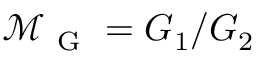
\mathcal { M } _ { \mathrm { ~ G ~ } } = G _ { 1 } / G _ { 2 }